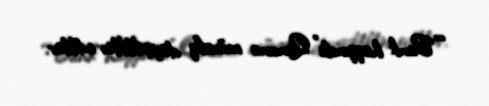
““Bank haqqında” Qanuna müvafiq dəyişikliklər ediblər.